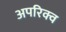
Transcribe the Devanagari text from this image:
अपरिक्व